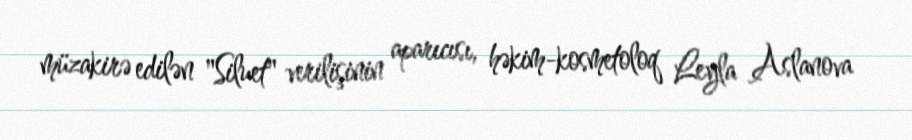
müzakirə edilən "Siluet" verilişinin aparıcısı, həkim-kosmetoloq Leyla Aslanova